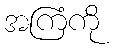
အကြံကို